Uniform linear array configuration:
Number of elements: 16
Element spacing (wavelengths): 1
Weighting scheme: hann
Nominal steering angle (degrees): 45
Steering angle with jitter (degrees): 45.791
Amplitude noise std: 0.05
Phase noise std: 0.05

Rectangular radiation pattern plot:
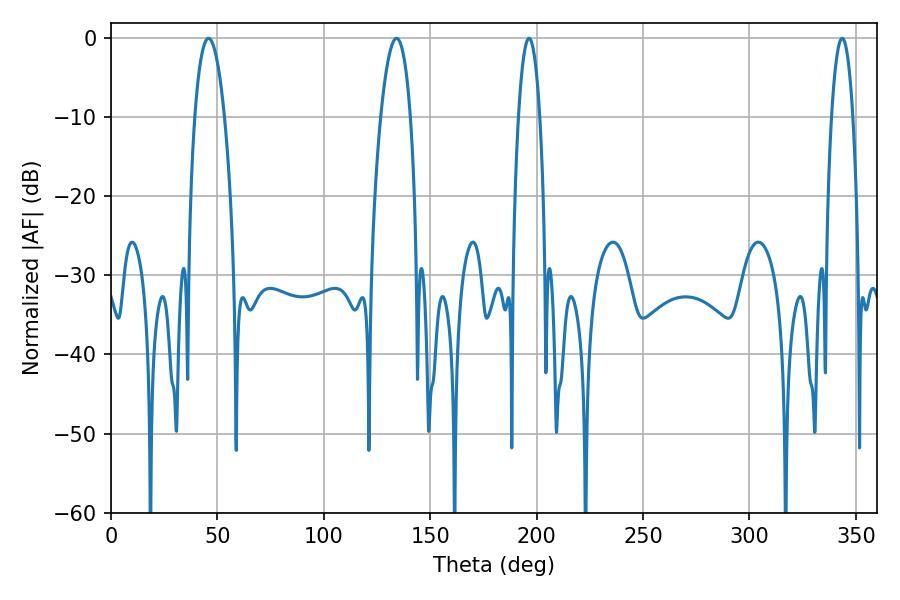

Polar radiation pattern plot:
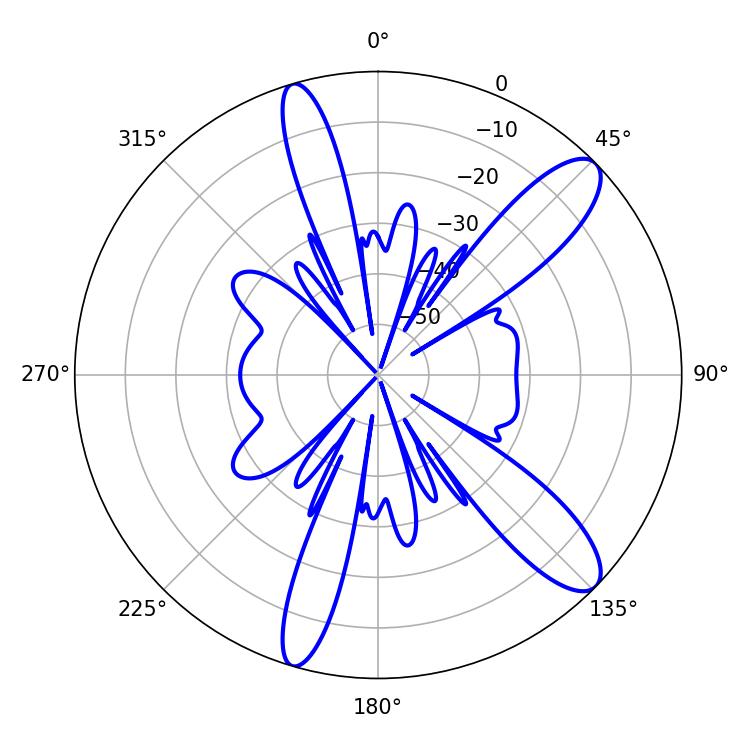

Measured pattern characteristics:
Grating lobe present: TRUE
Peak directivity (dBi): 11.286
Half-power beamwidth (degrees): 5.58
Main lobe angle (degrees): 196.38